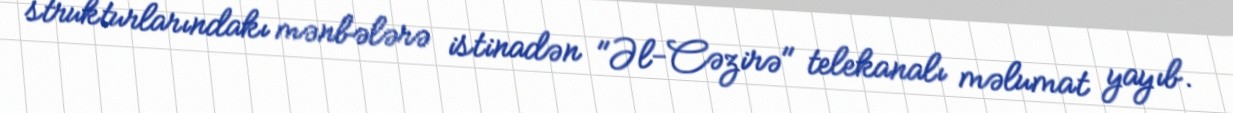
strukturlarındakı mənbələrə istinadən "Əl-Cəzirə" telekanalı məlumat yayıb.